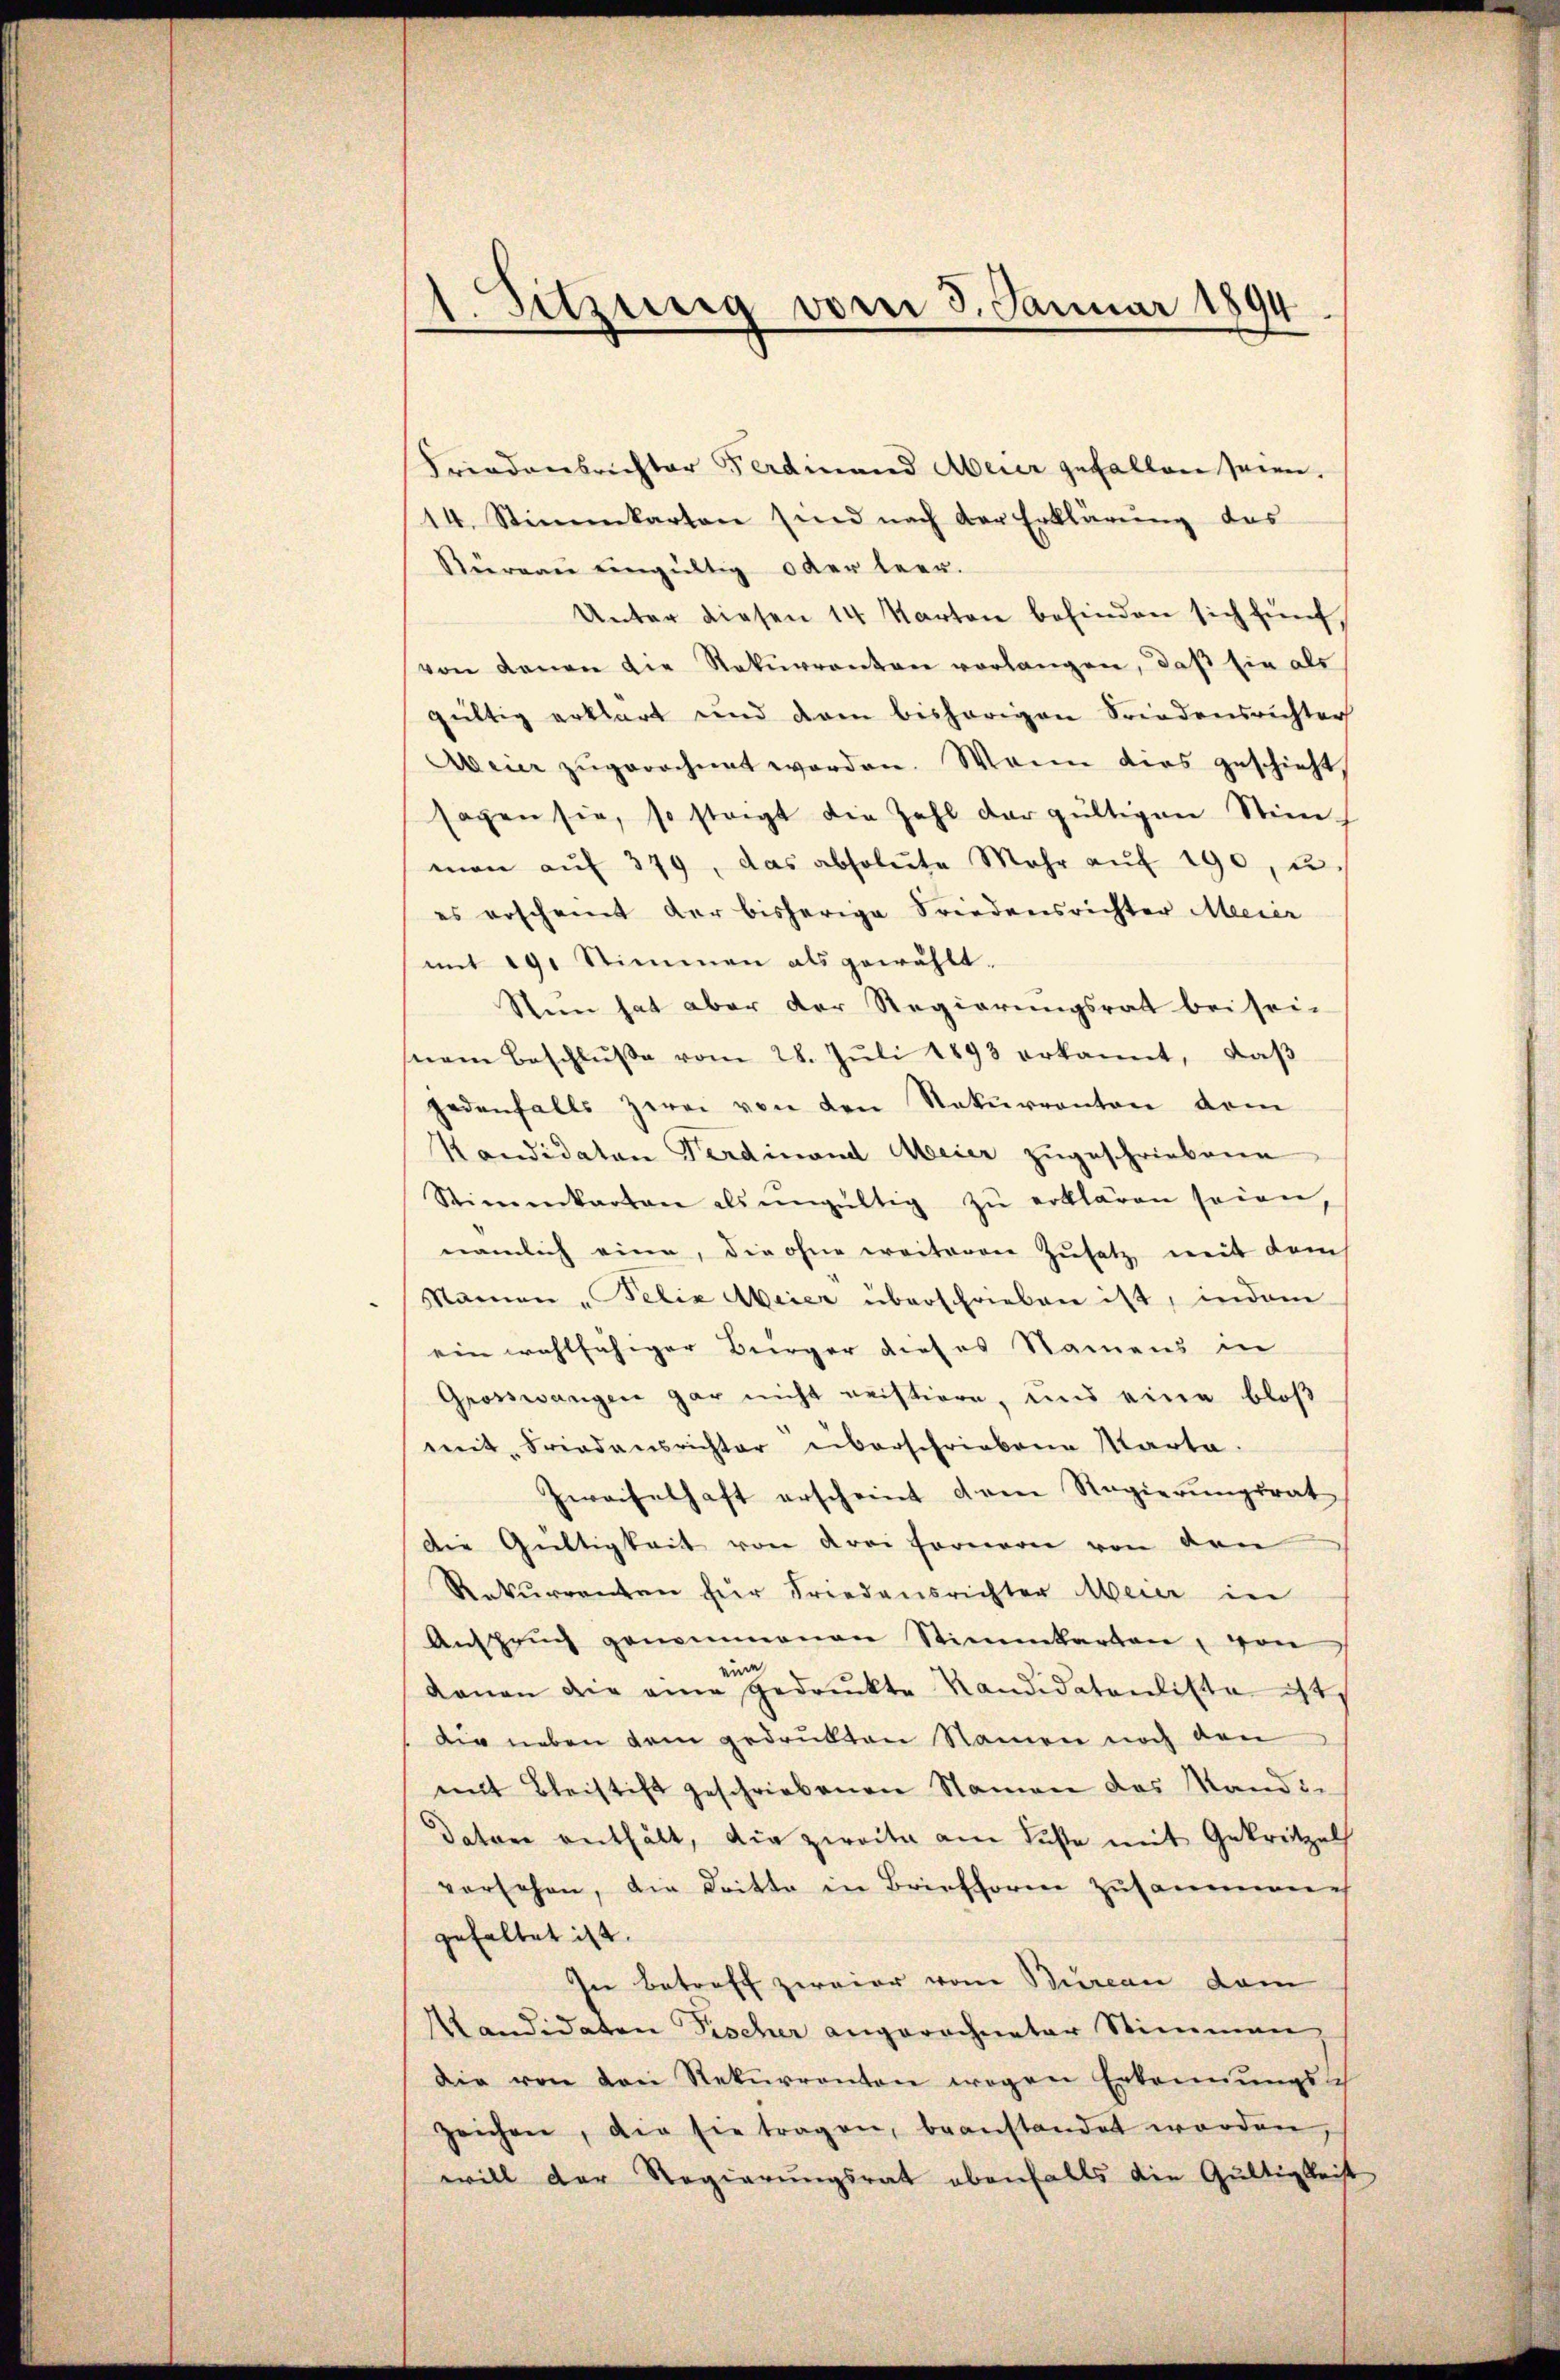
Friedensrichter Ferdinand Meier gefallen seien.
14. Stimmkarten sind nach der Erklärung das
Süreau eingültig oder leer.
Unter diesen 14 Karton befinden sich fünfvon Kanon die Rekurrenten vorlangen, daß sie als
gültig erklärt und dem bisherigen Friedensrichter
Meier zugerechnet worden. Wenn dies geschieht,
sagen sie, so stagt die Zahl der gültigen Stim-
man aŭf 379, das absolute Mehr aŭf 190, u.
es erscheint der bisherige Friedensrichter Meier
mit 19. Stimmen als gewählt.
Stein hat aber der Regierungsrath bei sei-
nem Beschlŭβe vom 28. Jŭli 1893 erkannt, daβ
jedenfalls zwei von den Rekurrenten dem
Kandidaten Ferdinand Meier zugeschriebene
Stimmkarten als ungültig zŭ erklären seien,
nämlich eine, die ohne weiteren Zusatz mit dem
Namen „Felix Meier überschrieben ist, indem
ein wohlfähiger Bürger dieses Namens in
Grosswangen gar nicht meistiere, und eine bloß
mit Friedensrichter überschriebene Karte.
Zweifelhaft erscheint dem Regierŭngsrat
Die Gültigkeit von drei Fernern von den
Rekurrenten für Friedensrichter Meier in
Ansprŭch genommenen Stimmkarten, von
eine
daran die eine gedruckte Kandidatenlista ist
Die neben dem gedrukten Namen noch den
mit Bleistift geschriebenen Namen das Sandi-
Datone enthält, die zweite am Fuste mit Gekritzels
versehen, die Dritte in Briefforme zusammene
gehaltet ist.
In betreff zweier von Bureau dem
Kandidaten Fischer angerechneter Stimmen,
die von den Rekurrenten wegen Erkennungs-
zeichen, die sie tragen, beanstandet worden,
will der Regierŭngsrat ebenfalls die Gültigkeit

1. Setzung vom 5. Januar 1890